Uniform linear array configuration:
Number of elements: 64
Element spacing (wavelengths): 0.75
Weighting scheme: uniform
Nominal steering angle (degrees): -45
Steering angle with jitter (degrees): -43.491
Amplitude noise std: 0.05
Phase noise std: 0.05

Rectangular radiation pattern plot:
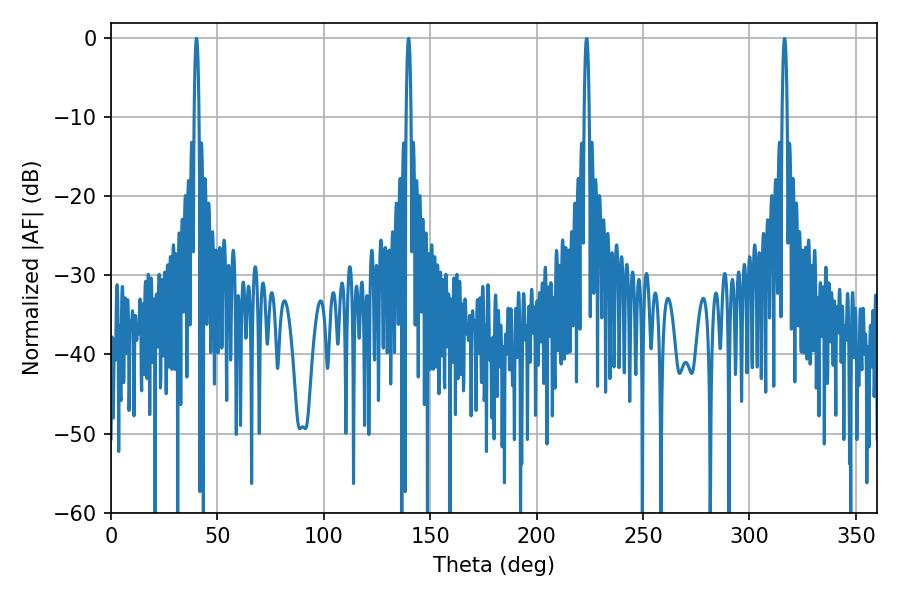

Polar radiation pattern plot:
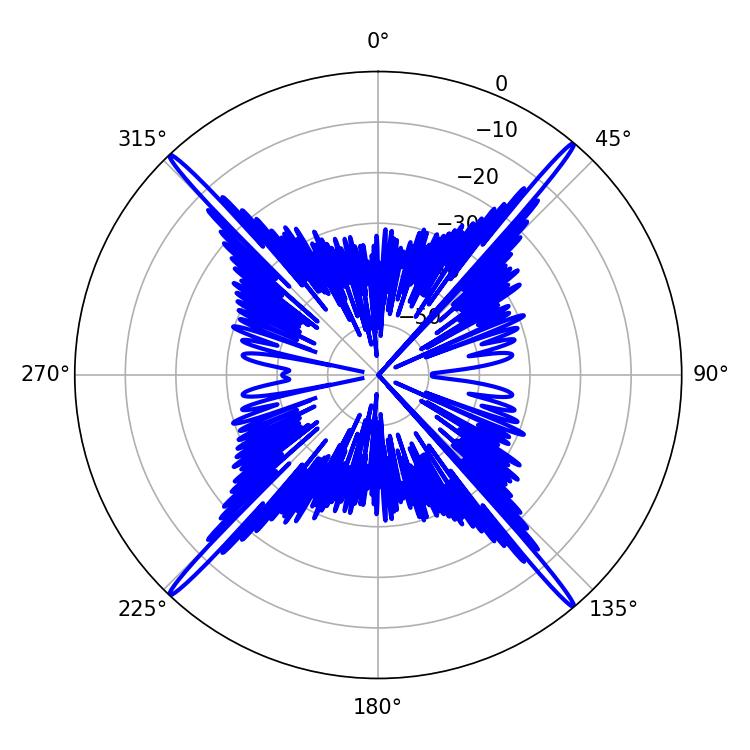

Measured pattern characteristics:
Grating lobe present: TRUE
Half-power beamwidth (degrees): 1.26
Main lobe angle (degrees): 139.86